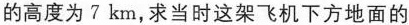
的高度为 7 km，求当时这架飞机下方地面的